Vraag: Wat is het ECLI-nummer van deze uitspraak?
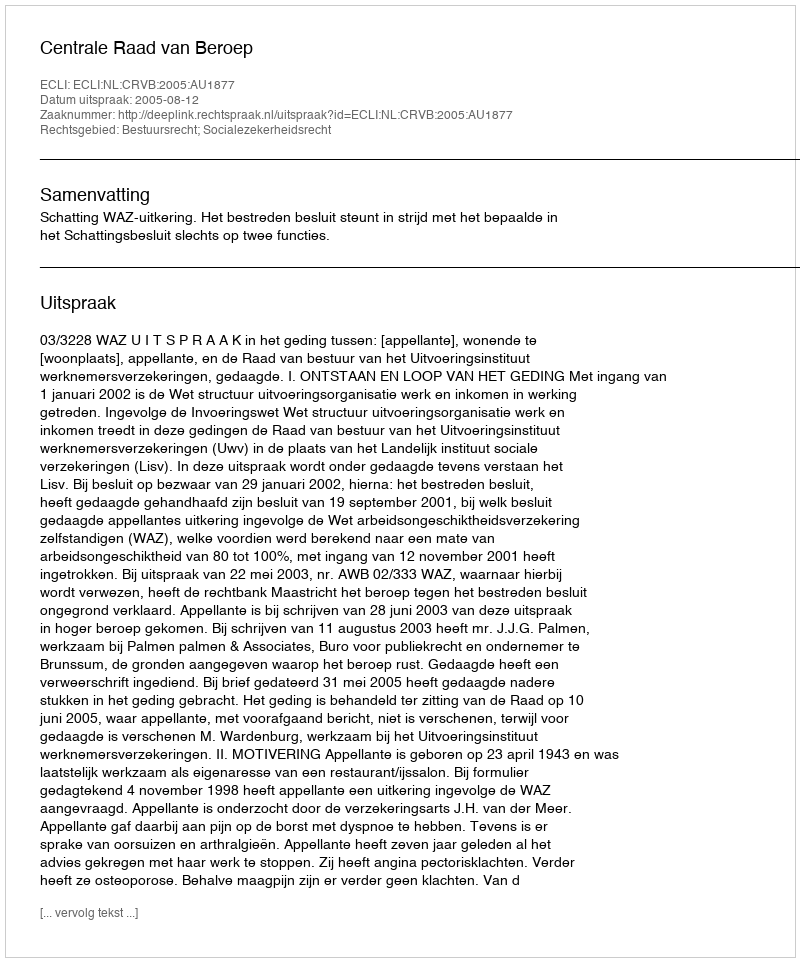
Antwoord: ECLI:NL:CRVB:2005:AU1877